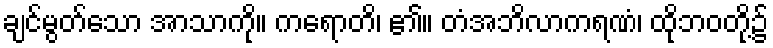
ချင်မွတ်သော အာသာကို။ ကရောတိ၊ ၏။ တံအဘိလာကရဏံ၊ ထိုဘဝတို့၌